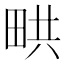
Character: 𤱨